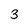
Character: 3